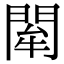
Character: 𨴍